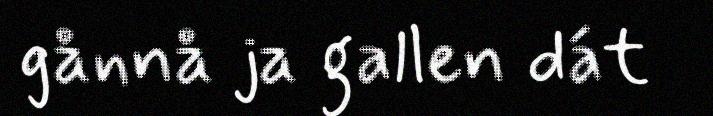
gånnå ja gallen dát